Karksi_vallavalitsus, lk 115
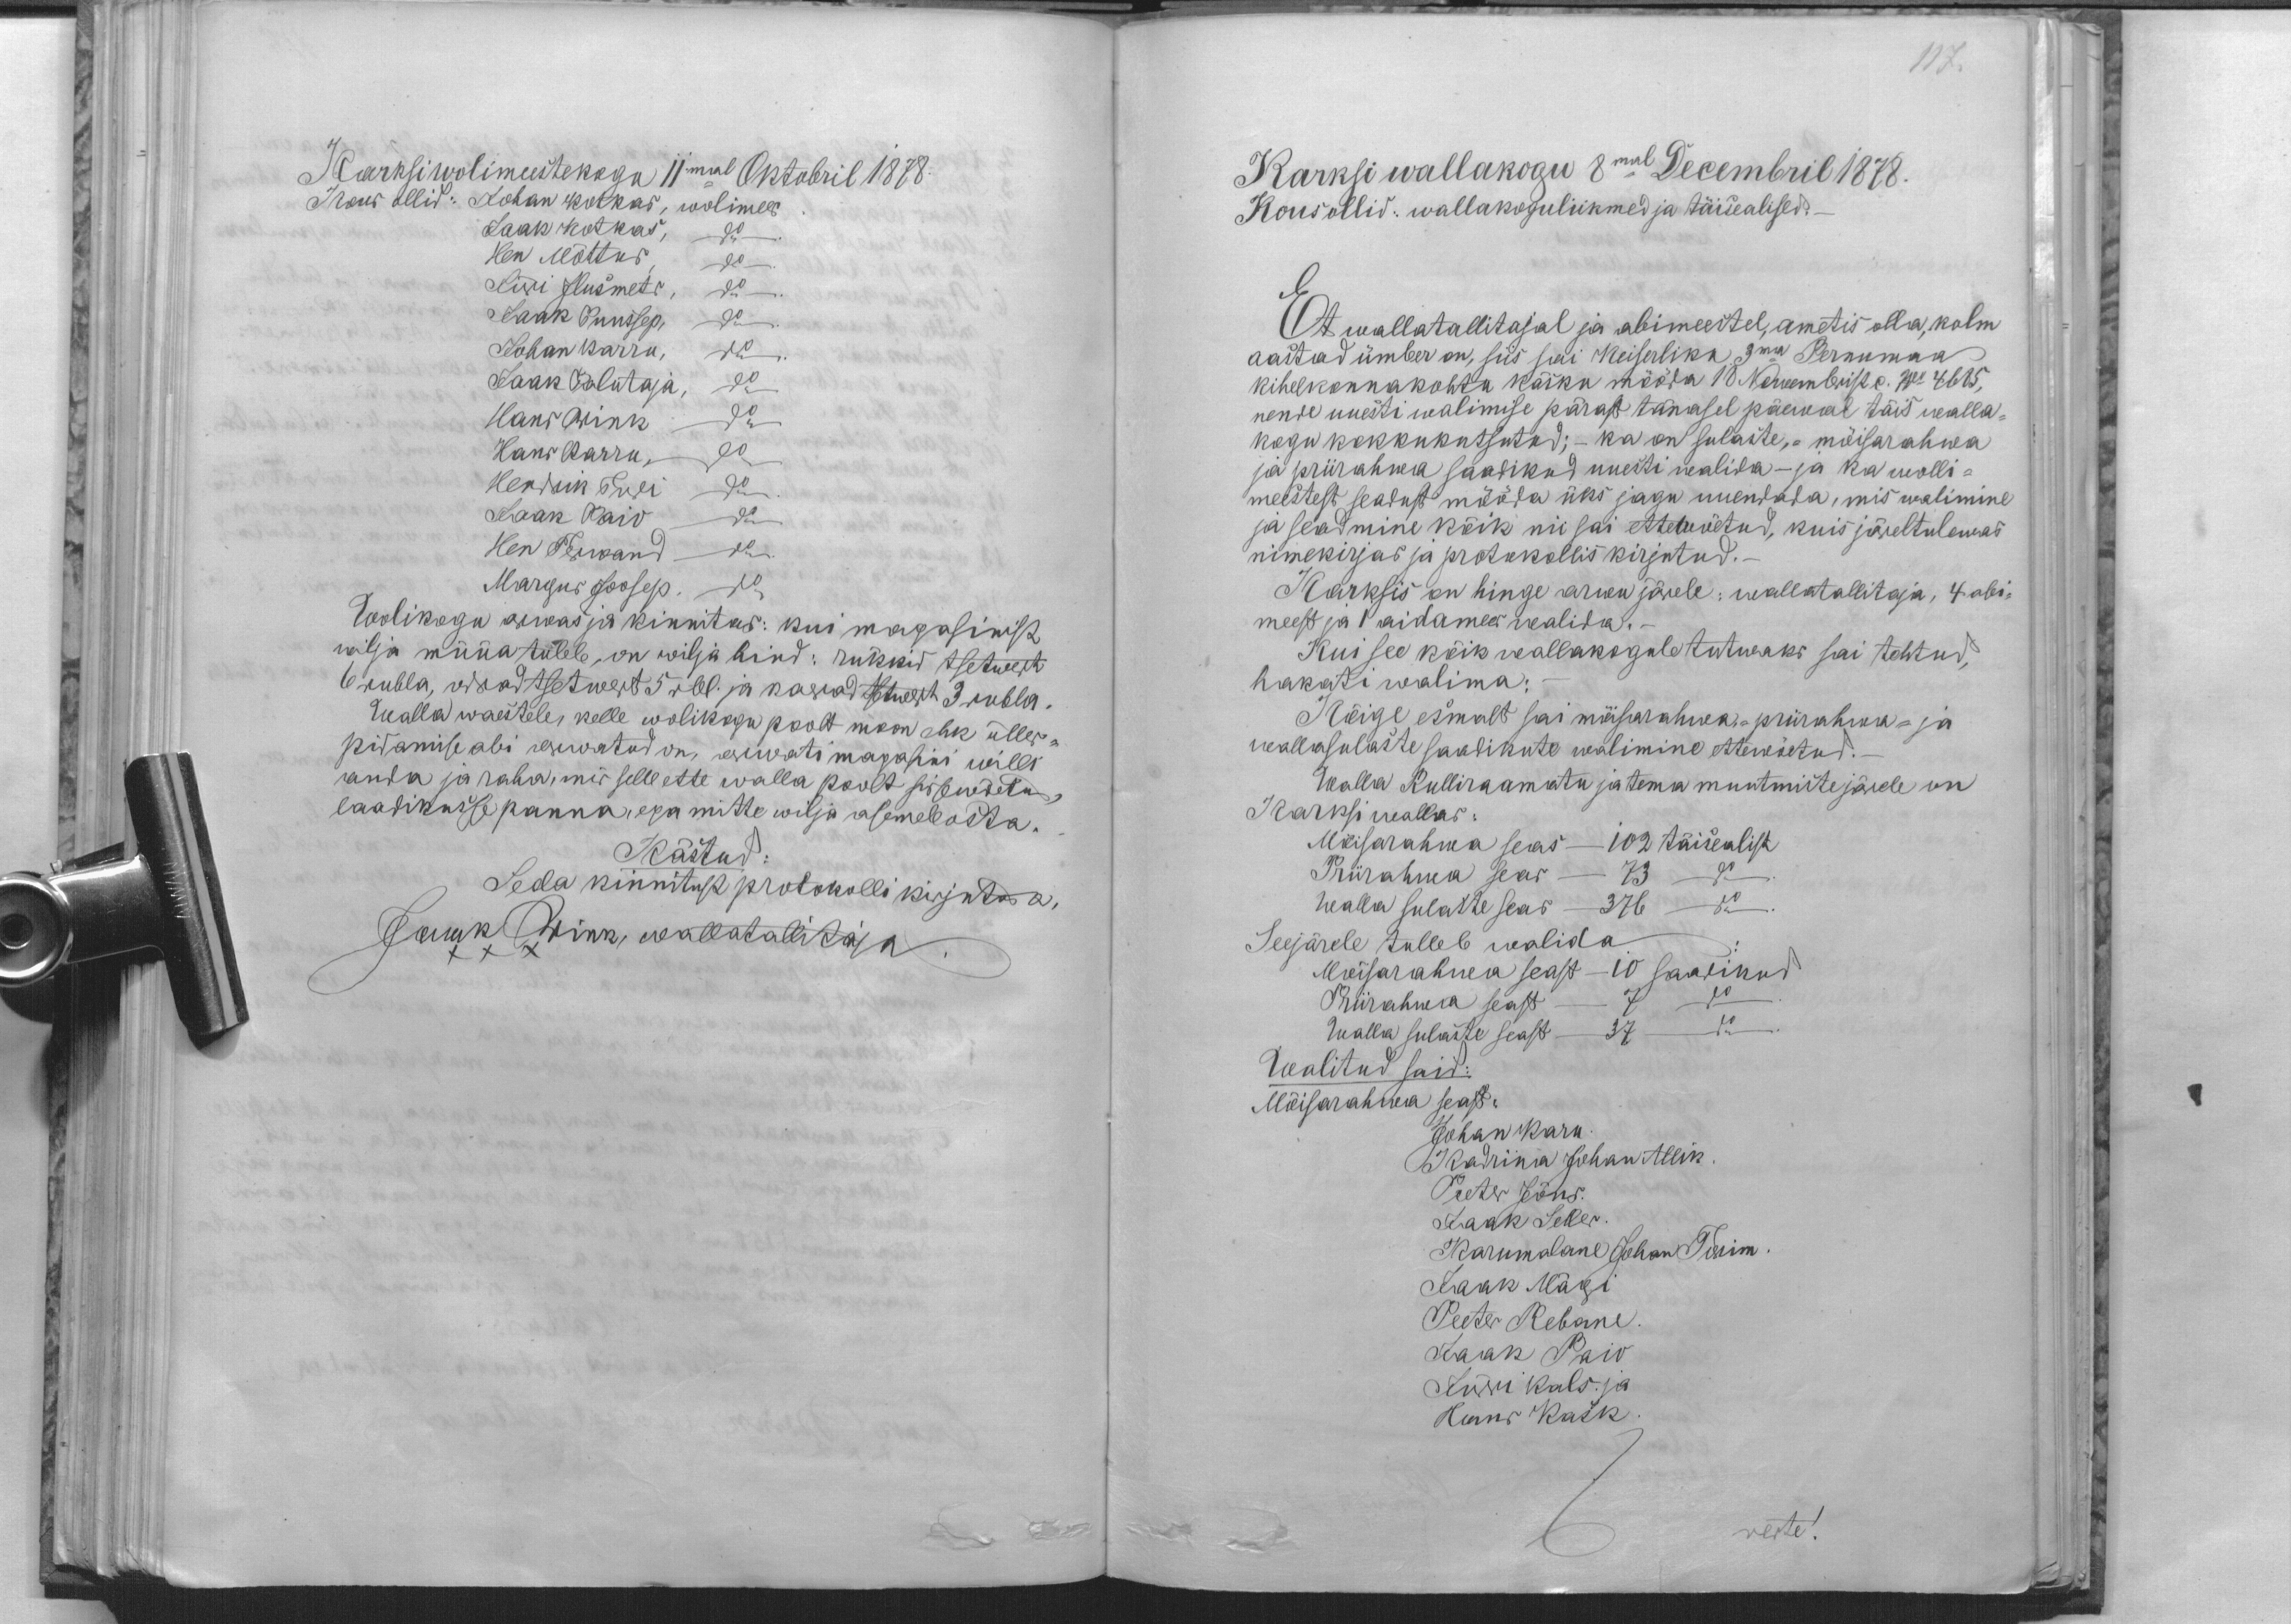
Karksi wolimeestekogu 11mal Oktobril 1878.
Kous ollid: Johan Kotkas, wolimees
Jaak Kotkas, do.
Hen Mõttus, do.
Jüri Ilusmets, do.
Jaak Puussep, do.
Johan Karru, do.
Jaak Palutaja, do
Hans Wink do
Hans Karru, do
Hendrik Turi do
Jaak Paio do
Hen Terwand do.
Margus Joosep, do
Wolikogu arwas ja kinnitas: kui magasinist
wilja müüa tuleb,on wilja hind: rükkid tsetwert
6 rubla, odrad tsetwert 5 rbl. ja kaerad tsetwert 3 rubla.
Walla waestele, kelle wolikogu poolt moon ehk ülles-
pidamise abi arwatud on, arwati magasini willi
anda ja raha, mis selle ette walla poolt sissewõetud,
laadikusse panna, ega mitte wilja asemele osta.
Kästud
Seda kinnitust protokolli kirjutada,
Jaak Wink, wallatallitaja
XXX

117.
Karksi wallakogu 8mal Decembril 1878.
Kous ollid: wallakoguliikmed ja täisealised.-
Et wallatallitajal ja abimeestel, ametis olla, kolm
aastad ümber on, siis sai Keiserliku 3ma Pernumaa
kihelkonnakohtu käsku mööda 10 Nowembrist c. No 4685,
nende uuesti walimise pärast tänasel päewal täis walla-
kogu kokkukutsutud; - ka on sulaste, - mõisarahwa
ja priirahwa saadikud uuesti walida- ja ka wolli-
meestest seadust mööda üks jagu uuendada, mis walimine
ja seadmine kõik nii sai ettewõetud, kuis järeltulewas
nimekirjas ja protokollis kirjutud.
Karksis on hinge arwu järele: wallatallitaja, 4 abi-
meest ja 1 aidamees walida.-
Kui see kõik wallakogule tutwaks sai tehtud,
hakati walima:
Kõige esmalt sai mõisarahwa,- priirahwa- ja
wallasulaste saadikute walimine ettewõetud.
Walla Rulliraamatu ja tema muutmiste järele on
Karksi wallas:
Mõisarahwa seas - 102 täisealist
Priirahwa seas - 73 do
Walla sulaste seas - 376 do
Seejärele tulleb walida
Mõisarahwa seast - 10 saadikud
Priirahwa seast - 7 dp
Walla sulaste seast - 37 do
Walitud said:
Mõisarahwa seast:
Johan Karu
Kadrina Johan Allik
Peeter Järw.
Jaak Seller.
Karumalane Johan Torim.
Jaak Mägi
Peeter Rebane
Jaak Paio
Jürri Kals ja
Hans Kask
verte!